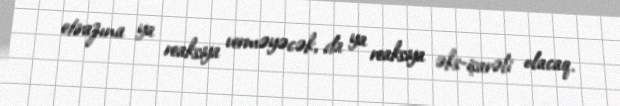
etirazına ya reaksiya verməyəcək, da ya reaksiya əks-işarəli olacaq.